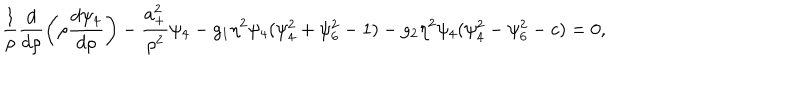
\frac { 1 } { \rho } \frac { d } { d \rho } \left( \rho \frac { d \psi _ { 4 } } { d \rho } \right) - \frac { a _ { + } ^ { 2 } } { \rho ^ { 2 } } \psi _ { 4 } - g _ { 1 } \eta ^ { 2 } \psi _ { 4 } ( \psi _ { 4 } ^ { 2 } + \psi _ { 6 } ^ { 2 } - 1 ) - g _ { 2 } \eta ^ { 2 } \psi _ { 4 } ( \psi _ { 4 } ^ { 2 } - \psi _ { 6 } ^ { 2 } - c ) = 0 ,